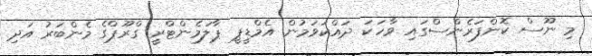
މި ނޫސް ކޮންފަރެންސްގައި ވާހަކަ ދައްކަވަމުން އެމްޑީޕީ ޕާލަމެންޓްރީ ގްރޫޕްގެ މެންބަރު އަދި